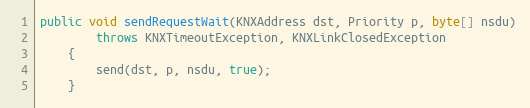
Language: Java
public void sendRequestWait(KNXAddress dst, Priority p, byte[] nsdu)
		throws KNXTimeoutException, KNXLinkClosedException
	{
		send(dst, p, nsdu, true);
	}